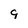
Character: 9